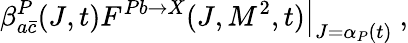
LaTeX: \left.\beta_{a\bar{c}}^{P}(J,t)F^{Pb\to X}(J,M^{2},t)\right|_{J=\alpha_{P}(t)}~,